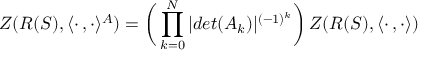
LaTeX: Z ( R ( S ) , \langle \cdot \, , \cdot \rangle ^ { A } ) = \biggl ( \, \prod _ { k = 0 } ^ { N } | d e t ( A _ { k } ) | ^ { ( - 1 ) ^ { k } } \biggr ) \, Z ( R ( S ) , \langle \cdot \, , \cdot \rangle )